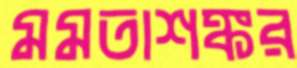
মমতাশঙ্কর